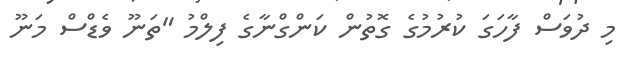
މި ދުވަސް ފާހަގަ ކުރުމުގެ ގޮތުން ކަންގްނާގެ ފިލްމު "ތަނޫ ވެޑްސް މަނޫ